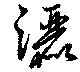
灑